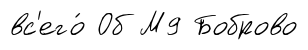
вс'его́ Об М9 Боброво